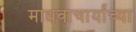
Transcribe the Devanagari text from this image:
माधवाचार्यांच्या